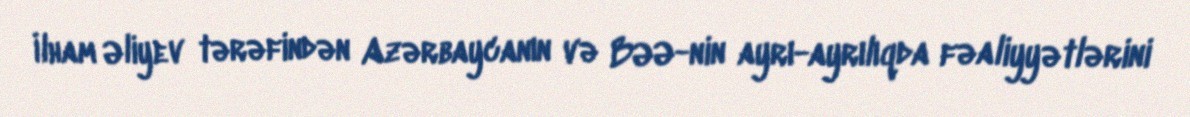
İlham Əliyev tərəfindən Azərbaycanın və BƏƏ-nin ayrı-ayrılıqda fəaliyyətlərini